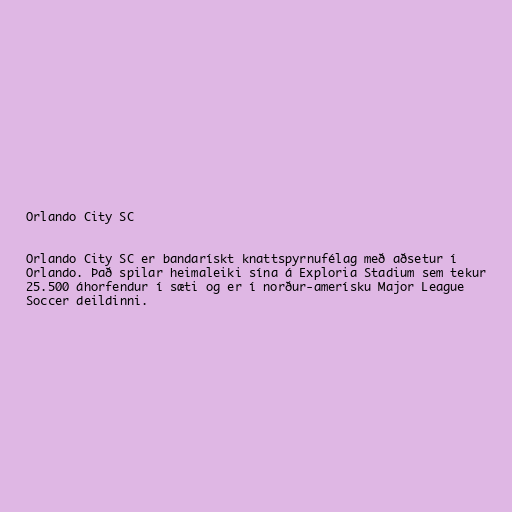
Orlando City SC

Orlando City SC er bandarískt knattspyrnufélag með aðsetur í
Orlando. Það spilar heimaleiki sína á Exploria Stadium sem tekur
25.500 áhorfendur í sæti og er í norður-amerísku Major League
Soccer deildinni.